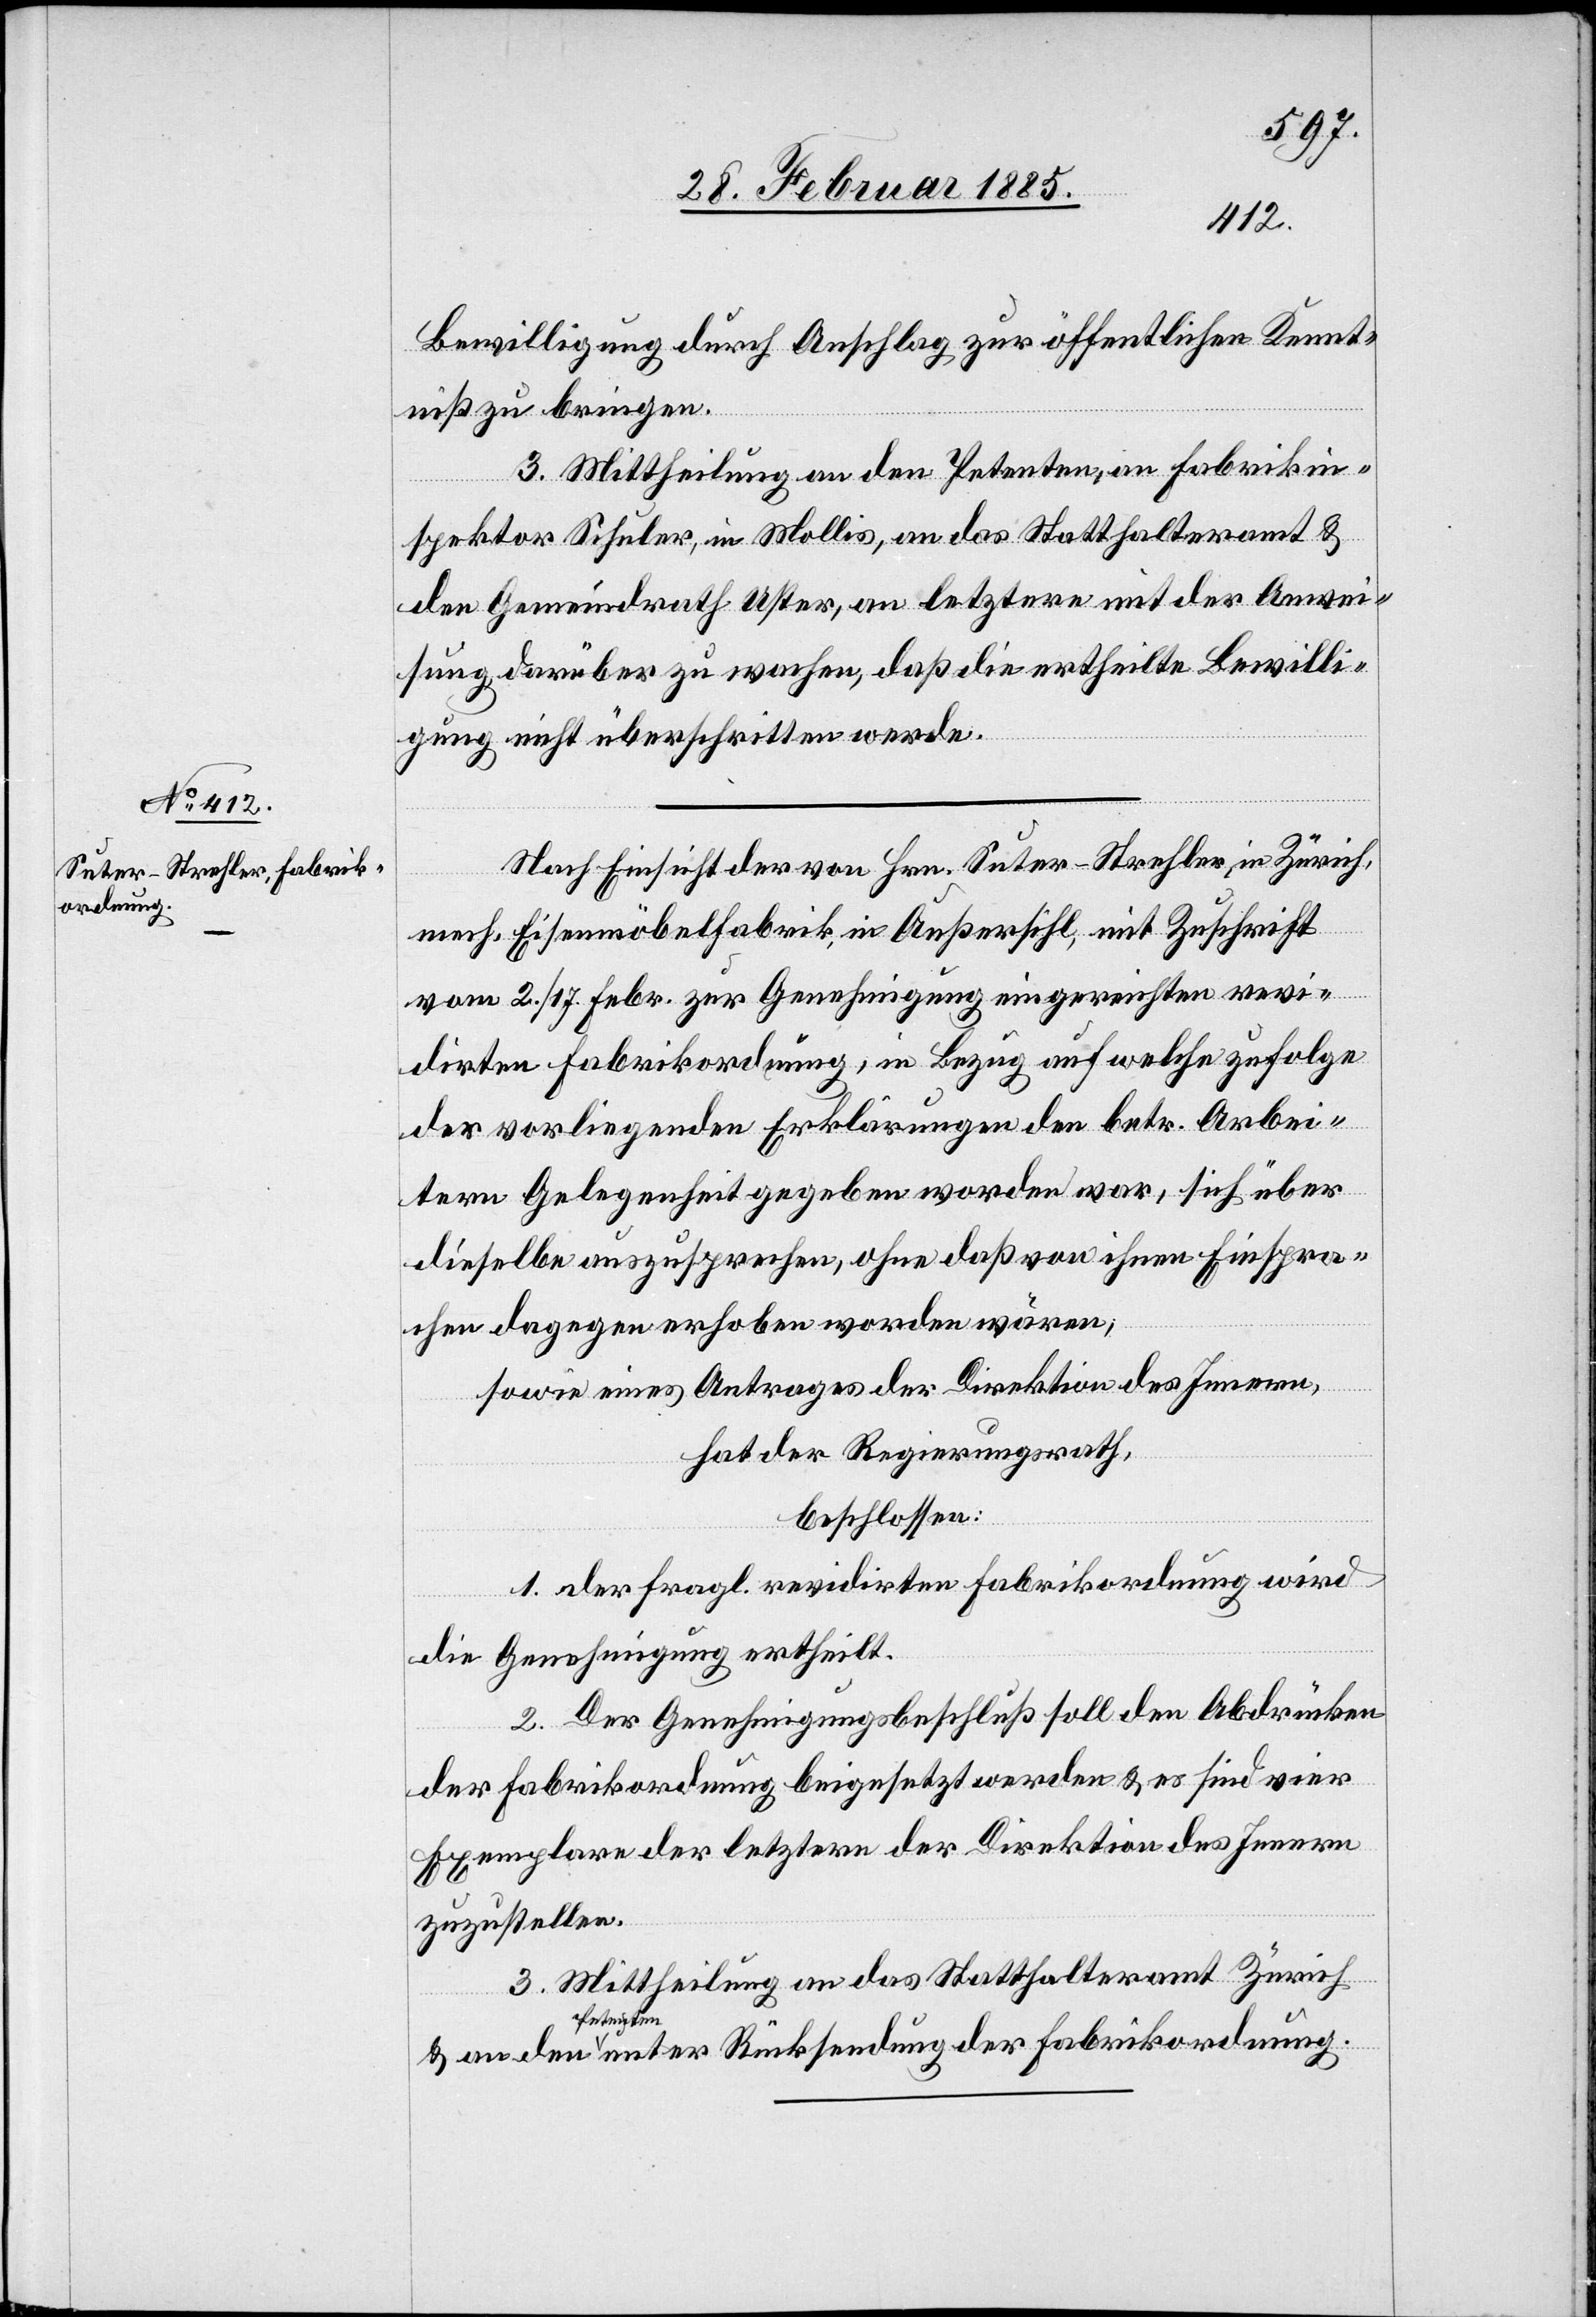
ordnung.

Bewilligung durch Anschlag zur öffentlichen Kennt¬
niß zu bringen.
3. Mittheilung an den Petenten, an Fabrikin¬
spektor Schuler, in Mollis, an das Statthalteramt &
den Gemeindrath Uster, an letztere mit der Anwei¬
sung, darüber zu wachen, daß die ertheilte Bewilli¬
gung nicht überschritten werde.
Nach Einsicht der von Hrn. Suter-Strehler, in Zürich,
Fabrik¬
mech. Eisenmöbelfabrik, in Außersihl, mit Zuschrift
vom 2./17. Febr. zur Genehmigung eingereichten revi¬
dirten Fabrikordnung, in Bezug auf welche zufolge
der vorliegenden Erklärungen den betr. Arbei¬
tern Gelegenheit gegeben worden war, sich über
dieselbe auszusprechen, ohne daß von ihren Einspra¬
chen dagegen erhoben worden wären,
sowie eines Antrages der Direktion des Innern,
hat der Regierungsrath,
beschlossen:
1. Der fragl. revidirten Fabrikordnung wird
&
die Genehmigung ertheilt.
2. Der Genehmigungsbeschluß soll den Abdrücken
der Fabrikordnung beigesetzt werden & es sind vier
Exemplare der letztern der Direktion des Innern
zuzustellen.
3. Mittheilung an das Statthalteramt Zürich
Rücksendung